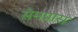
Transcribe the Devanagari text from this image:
सैमप्रास